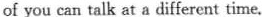
of you can talk at a different time.